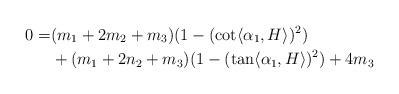
LaTeX: \begin{align*} 0=& (m_{1}+2m_{2}+m_{3})(1-(\cot \langle \alpha_{1}, H\rangle )^{2}) \\&+(m_{1}+2n_{2}+m_{3})(1-(\tan \langle \alpha_{1}, H\rangle )^{2}) +4m_{3} \end{align*}